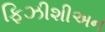
ફિઝીશીઅન